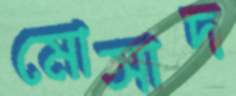
মোসাদ